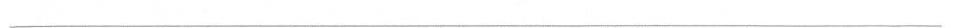
___